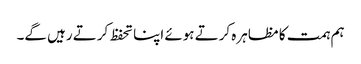
ہم ہمت کا مظاہرہ کرتے ہوئے اپنا تحفظ کرتے رہیں گے۔